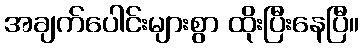
အချက်ပေါင်းများစွာ ထိုးပြီးနေပြီ။